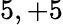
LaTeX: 5,+5